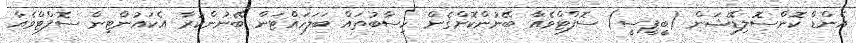
އެންޑް ކޮންސޮލިޑޭޝަން (ބީޕީސީ) ސޮފްޓްވެއާ ބޭނުންކޮށްގެން ހިސާބުތައް ބަލަހައްޓަން ބޭނުންކުރާ އެކައުންޓިން ސޮފްޓްވެއާ